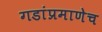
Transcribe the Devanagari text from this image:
गडांप्रमाणेच